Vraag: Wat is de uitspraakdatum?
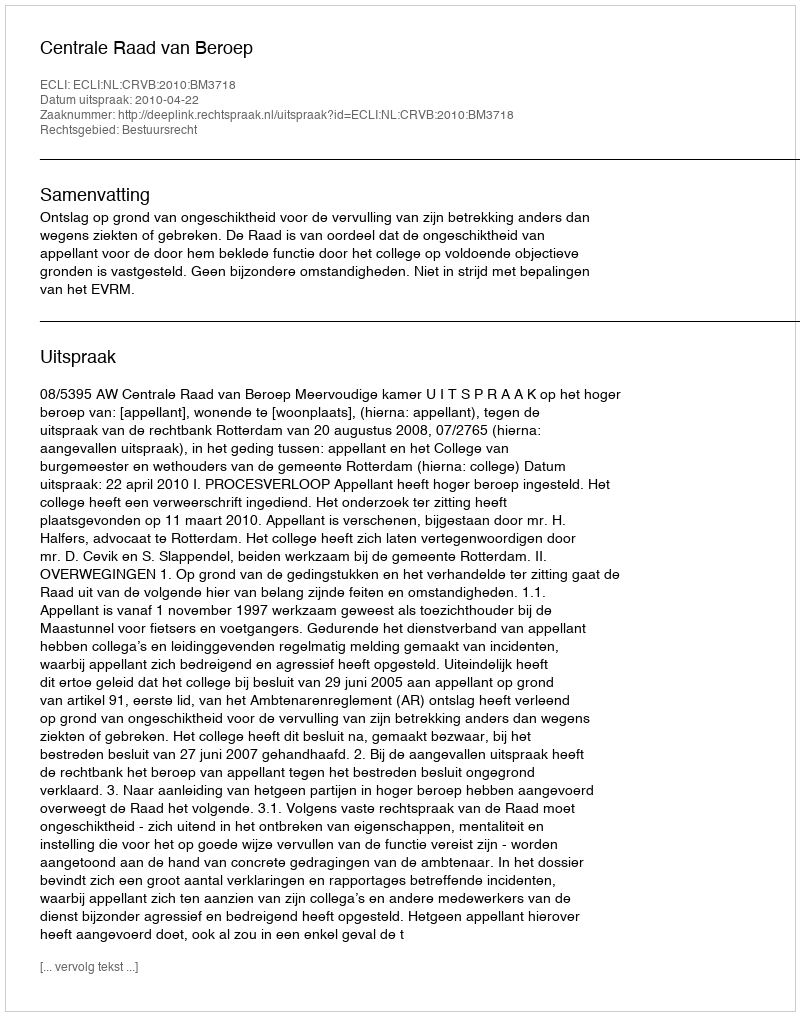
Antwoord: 2010-04-22